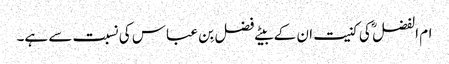
ام الفضل ؓ کی کنیت ان کے بیٹے فضل بِن عباس کی نسبت سے ہے۔